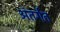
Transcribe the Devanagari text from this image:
अंतर्गत